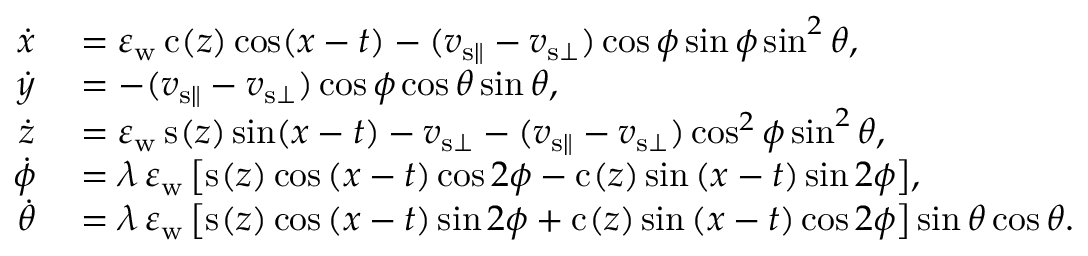
\begin{array} { r l } { \dot { x } } & { { } = \varepsilon _ { \mathrm { w } } \, \mathrm { c } _ { } ( z ) \cos \mathopen { } \mathclose \bgroup \mathopen { } \mathclose \bgroup \mathopen { } \mathclose \bgroup \mathopen { } \mathclose \bgroup \mathopen { } \mathclose \bgroup \mathopen { } \mathclose \bgroup \mathopen { } \mathclose \bgroup \mathopen { } \mathclose \bgroup \mathopen { } \mathclose \bgroup \mathopen { } \mathclose \bgroup \left( x - t \aftergroup \egroup \aftergroup \egroup \aftergroup \egroup \aftergroup \egroup \aftergroup \egroup \aftergroup \egroup \aftergroup \egroup \aftergroup \egroup \aftergroup \egroup \aftergroup \egroup \right) - ( v _ { { \mathrm { s } } \parallel } - v _ { { \mathrm { s } } \bot } ) \cos \phi \sin \phi \sin ^ { 2 } \theta , } \\ { \dot { y } } & { { } = - ( v _ { { \mathrm { s } } \parallel } - v _ { { \mathrm { s } } \bot } ) \cos \phi \cos \theta \sin \theta , } \\ { \dot { z } } & { { } = \varepsilon _ { \mathrm { w } } \, \mathrm { s } _ { } ( z ) \sin \mathopen { } \mathclose \bgroup \mathopen { } \mathclose \bgroup \mathopen { } \mathclose \bgroup \mathopen { } \mathclose \bgroup \mathopen { } \mathclose \bgroup \mathopen { } \mathclose \bgroup \mathopen { } \mathclose \bgroup \mathopen { } \mathclose \bgroup \mathopen { } \mathclose \bgroup \mathopen { } \mathclose \bgroup \left( x - t \aftergroup \egroup \aftergroup \egroup \aftergroup \egroup \aftergroup \egroup \aftergroup \egroup \aftergroup \egroup \aftergroup \egroup \aftergroup \egroup \aftergroup \egroup \aftergroup \egroup \right) - v _ { { \mathrm { s } } \bot } - ( v _ { { \mathrm { s } } \parallel } - v _ { { \mathrm { s } } \bot } ) \cos ^ { 2 } \phi \sin ^ { 2 } \theta , } \\ { \dot { \phi } } & { { } = \lambda \, \varepsilon _ { \mathrm { w } } \, \mathopen { } \mathclose \bgroup \mathopen { } \mathclose \bgroup \mathopen { } \mathclose \bgroup \mathopen { } \mathclose \bgroup \mathopen { } \mathclose \bgroup \mathopen { } \mathclose \bgroup \mathopen { } \mathclose \bgroup \mathopen { } \mathclose \bgroup \mathopen { } \mathclose \bgroup \mathopen { } \mathclose \bgroup \left[ \mathrm { s } _ { } ( z ) \cos { ( x - t ) } \cos { 2 \phi } - \mathrm { c } _ { } ( z ) \sin { ( x - t ) } \sin { 2 \phi } \aftergroup \egroup \aftergroup \egroup \aftergroup \egroup \aftergroup \egroup \aftergroup \egroup \aftergroup \egroup \aftergroup \egroup \aftergroup \egroup \aftergroup \egroup \aftergroup \egroup \right] , } \\ { \dot { \theta } } & { { } = \lambda \, \varepsilon _ { \mathrm { w } } \, \mathopen { } \mathclose \bgroup \mathopen { } \mathclose \bgroup \mathopen { } \mathclose \bgroup \mathopen { } \mathclose \bgroup \mathopen { } \mathclose \bgroup \mathopen { } \mathclose \bgroup \mathopen { } \mathclose \bgroup \mathopen { } \mathclose \bgroup \mathopen { } \mathclose \bgroup \mathopen { } \mathclose \bgroup \left[ \mathrm { s } _ { } ( z ) \cos { ( x - t ) } \sin { 2 \phi } + \mathrm { c } _ { } ( z ) \sin { ( x - t ) } \cos { 2 \phi } \aftergroup \egroup \aftergroup \egroup \aftergroup \egroup \aftergroup \egroup \aftergroup \egroup \aftergroup \egroup \aftergroup \egroup \aftergroup \egroup \aftergroup \egroup \aftergroup \egroup \right] \sin \theta \cos \theta . } \end{array}